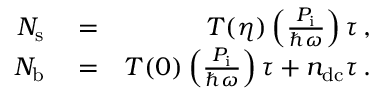
\begin{array} { r l r } { N _ { \mathrm { s } } } & { { } = } & { T ( \eta ) \left( \frac { P _ { \mathrm { i } } } { \hbar \omega } \right) \tau \, , } \\ { N _ { \mathrm { b } } } & { { } = } & { T ( 0 ) \left( \frac { P _ { \mathrm { i } } } { \hbar \omega } \right) \tau + n _ { \mathrm { d c } } \tau \, . } \end{array}